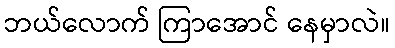
ဘယ်လောက် ကြာအောင် နေမှာလဲ။